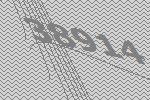
38914